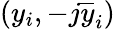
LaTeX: (y_{i},-j\overline{{y}}_{i})